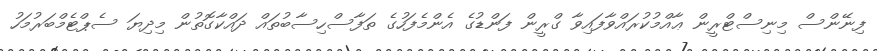
ފިނޭންސް މިނިސްޓްރީން ޢާއްމުކުރައްވާފައިވާ ގްރީން ފަންޑުގެ އެންމެފަހުގެ ތަފާސްހިސާބުތައް ދައްކާގޮތުން މިދިޔަ ސެޕްޓެމްބަރުމަހު